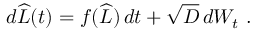
d \widehat { L } ( t ) = f ( \widehat { L } ) \, d t + \sqrt { D } \, d W _ { t } \ .